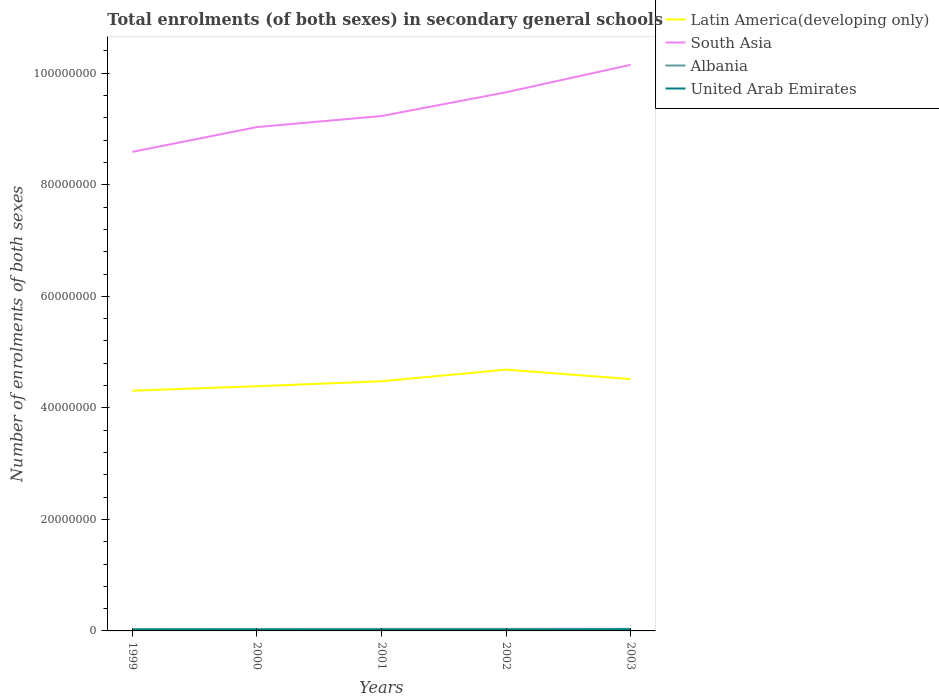
| Years | Latin America(developing only) | South Asia | Albania | United Arab Emirates |
 | --- | --- | --- | --- | --- |
 | 1999 | 4.31e+07 | 8.59e+07 | 3.48e+05 | 2e+05 |
 | 2000 | 4.39e+07 | 9.03e+07 | 3.51e+05 | 2.08e+05 |
 | 2001 | 4.48e+07 | 9.23e+07 | 3.62e+05 | 2.18e+05 |
 | 2002 | 4.69e+07 | 9.66e+07 | 3.64e+05 | 2.25e+05 |
 | 2003 | 4.52e+07 | 1.02e+08 | 3.76e+05 | 2.72e+05 |